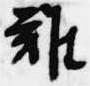
難